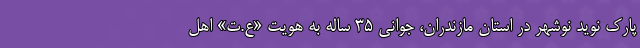
پارک نوید نوشهر در استان مازندران، جوانی ۳۵ ساله به هویت «ع.ت» اهل